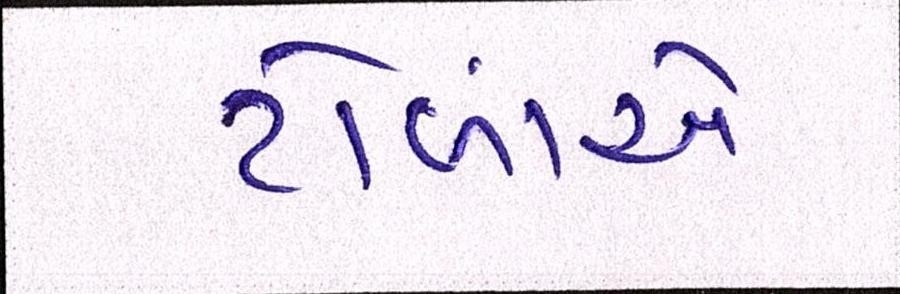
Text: ટોળાંએ